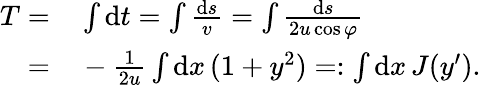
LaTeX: \begin{array}{rl}{T=}&{{}\int\mathrm{d}t=\int\frac{\mathrm{d}s}{v}=\int\frac{\mathrm{d}s}{2u\cos\varphi}}\\ {=}&{{}-\frac{1}{2u}\int\mathrm{d}x\, (1+y^{2})=:\int\mathrm{d}x\, J(y^{\prime}).}\end{array}